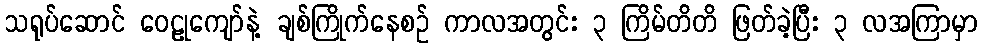
သရုပ်ဆောင် ဝေဠုကျော်နဲ့ ချစ်ကြိုက်နေစဉ် ကာလအတွင်း ၃ ကြိမ်တိတိ ဖြတ်ခဲ့ပြီး ၃ လအကြာမှာ